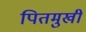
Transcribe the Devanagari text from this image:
पितमुखी